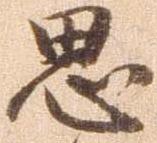
思